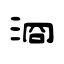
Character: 浻